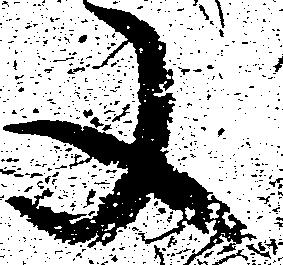
又